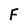
Character: F